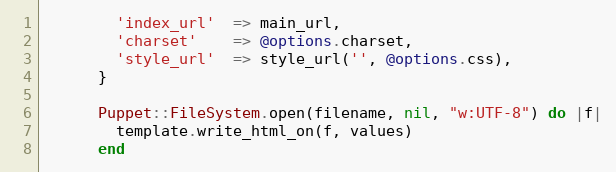
Language: Ruby
        'index_url'  => main_url,
        'charset'    => @options.charset,
        'style_url'  => style_url('', @options.css),
      }

      Puppet::FileSystem.open(filename, nil, "w:UTF-8") do |f|
        template.write_html_on(f, values)
      end